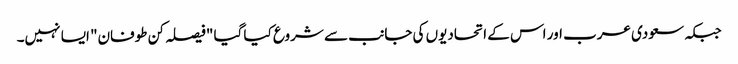
جبکہ سعودی عرب اور اس کے اتحادیوں کی جانب سے شروع کیا گیا "فیصلہ کن طوفان" ایسا نہیں۔